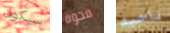
سيكون فجوة ناحيه